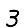
Digit: 3